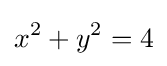
x^{2}+y^{2}=4